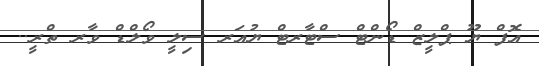
އޮފް ޔޫ ޕްލީޒް ޑޯންޓް ސްޓާރޓް ޔުއަރ ސިލީ ވޯލްޑް ވާރ ތްރީ..